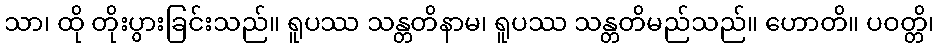
သာ၊ ထို တိုးပွားခြင်းသည်။ ရူပဿ သန္တတိနာမ၊ ရူပဿ သန္တတိမည်သည်။ ဟောတိ။ ပဝတ္တိ၊